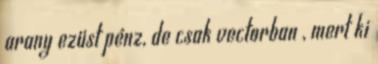
arany ezüst pénz, de csak vectorban , mert ki